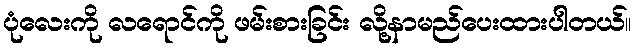
ပုံလေးကို လရောင်ကို ဖမ်းစားခြင်း လို့နာမည်ပေးထားပါတယ်။